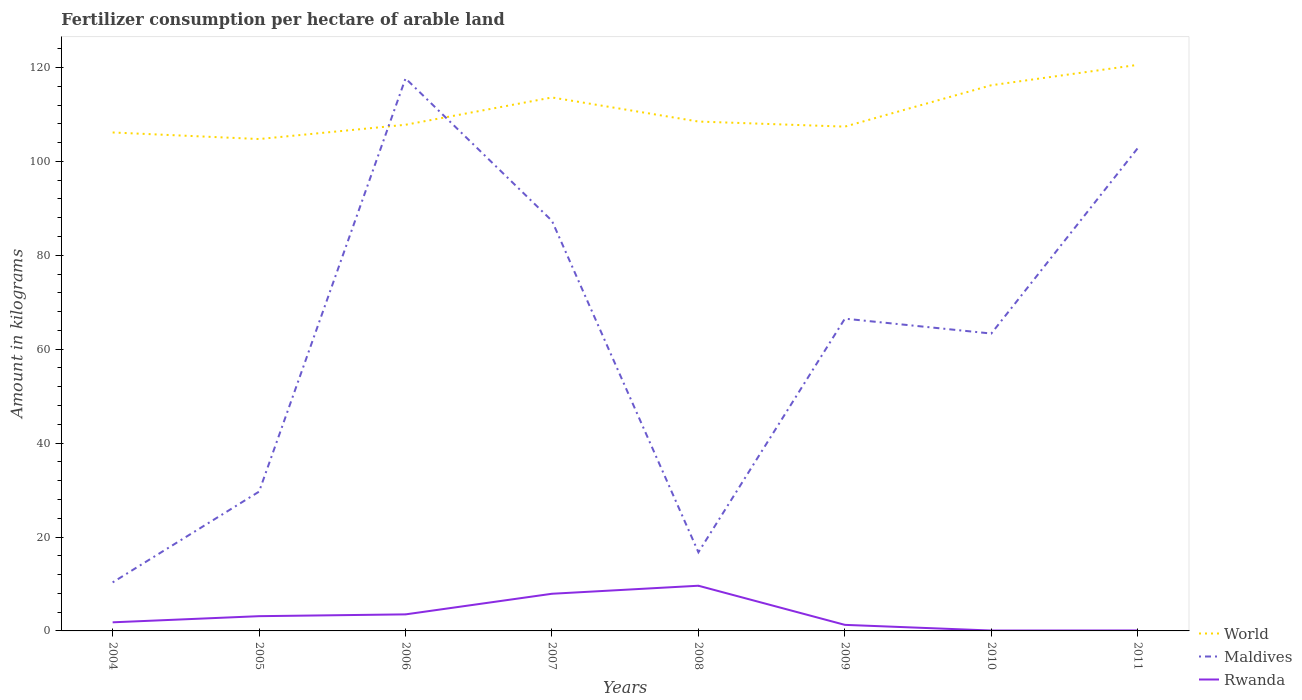
| Years | World | Maldives | Rwanda |
 | --- | --- | --- | --- |
 | 2004 | 106 | 10.3 | 1.83 |
 | 2005 | 105 | 29.7 | 3.14 |
 | 2006 | 108 | 118 | 3.52 |
 | 2007 | 114 | 87.3 | 7.91 |
 | 2008 | 108 | 16.8 | 9.62 |
 | 2009 | 107 | 66.5 | 1.29 |
 | 2010 | 116 | 63.3 | 0.0836 |
 | 2011 | 121 | 103 | 0.0999 |